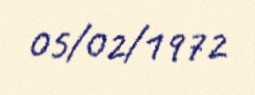
05/02/1972